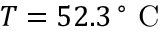
T = 5 2 . 3 \, ^ { \circ } \mathrm { ~ C ~ }